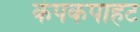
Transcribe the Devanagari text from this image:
कंपकपाहट